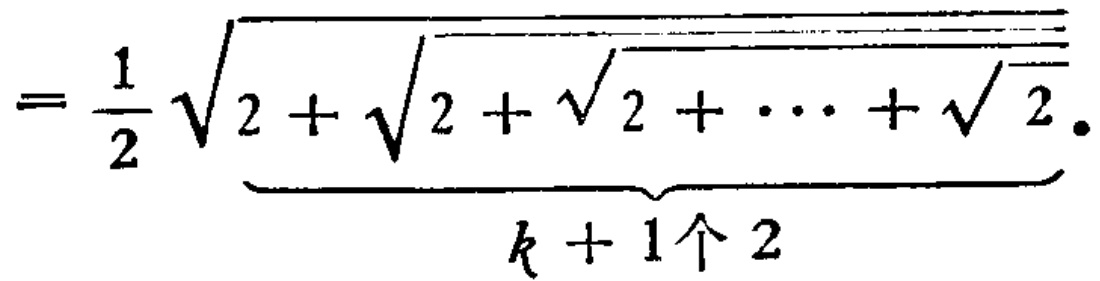
$=\frac{1}{2}\sqrt{\underbrace{2+\sqrt{2+\sqrt{2+\cdots+\sqrt{2}}}}_{k + 1个2}}.$